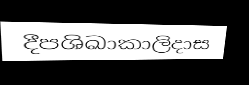
දීපශිඛාකාලිදාස